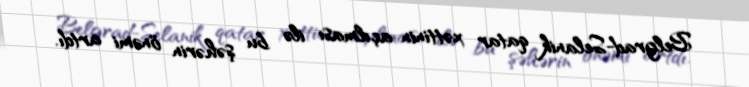
Belgrad-Selanik qatar xəttinin açılması ilə bu şəhərin önəmi artdı.